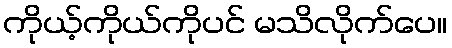
ကိုယ့်ကိုယ်ကိုပင် မသိလိုက်ပေ။